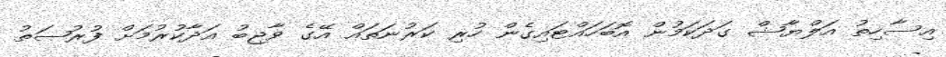
އިސާހިތު އަލްޔާޝް ގަދަކަމުން އޮބަހައްޓައިގެން ހުރި ކަރުނަތައް އޭގެ ވާޖިބު އަދާކުރުމަށް ފުރުޞަތު